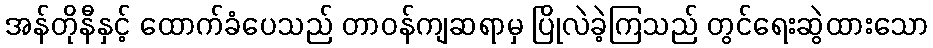
အန်တိုနီနှင့် ထောက်ခံပေသည် တာဝန်ကျဆရာမှ ပြိုလဲခဲ့ကြသည် တွင်ရေးဆွဲထားသော